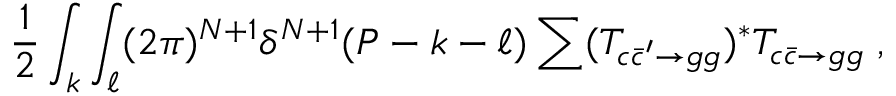
{ \frac { 1 } { 2 } } \int _ { k } \int _ { \ell } ( 2 \pi ) ^ { N + 1 } \delta ^ { N + 1 } ( P - k - \ell ) \sum ( { \cal T } _ { c \bar { c } ^ { \prime } \to g g } ) ^ { * } { \cal T } _ { c \bar { c } \to g g } \; ,